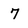
Character: 7